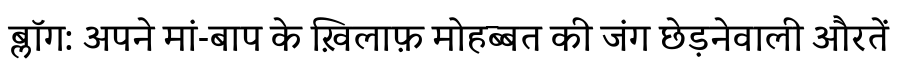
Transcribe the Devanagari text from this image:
ब्लॉग: अपने मां-बाप के ख़िलाफ़ मोहब्बत की जंग छेड़नेवाली औरतें